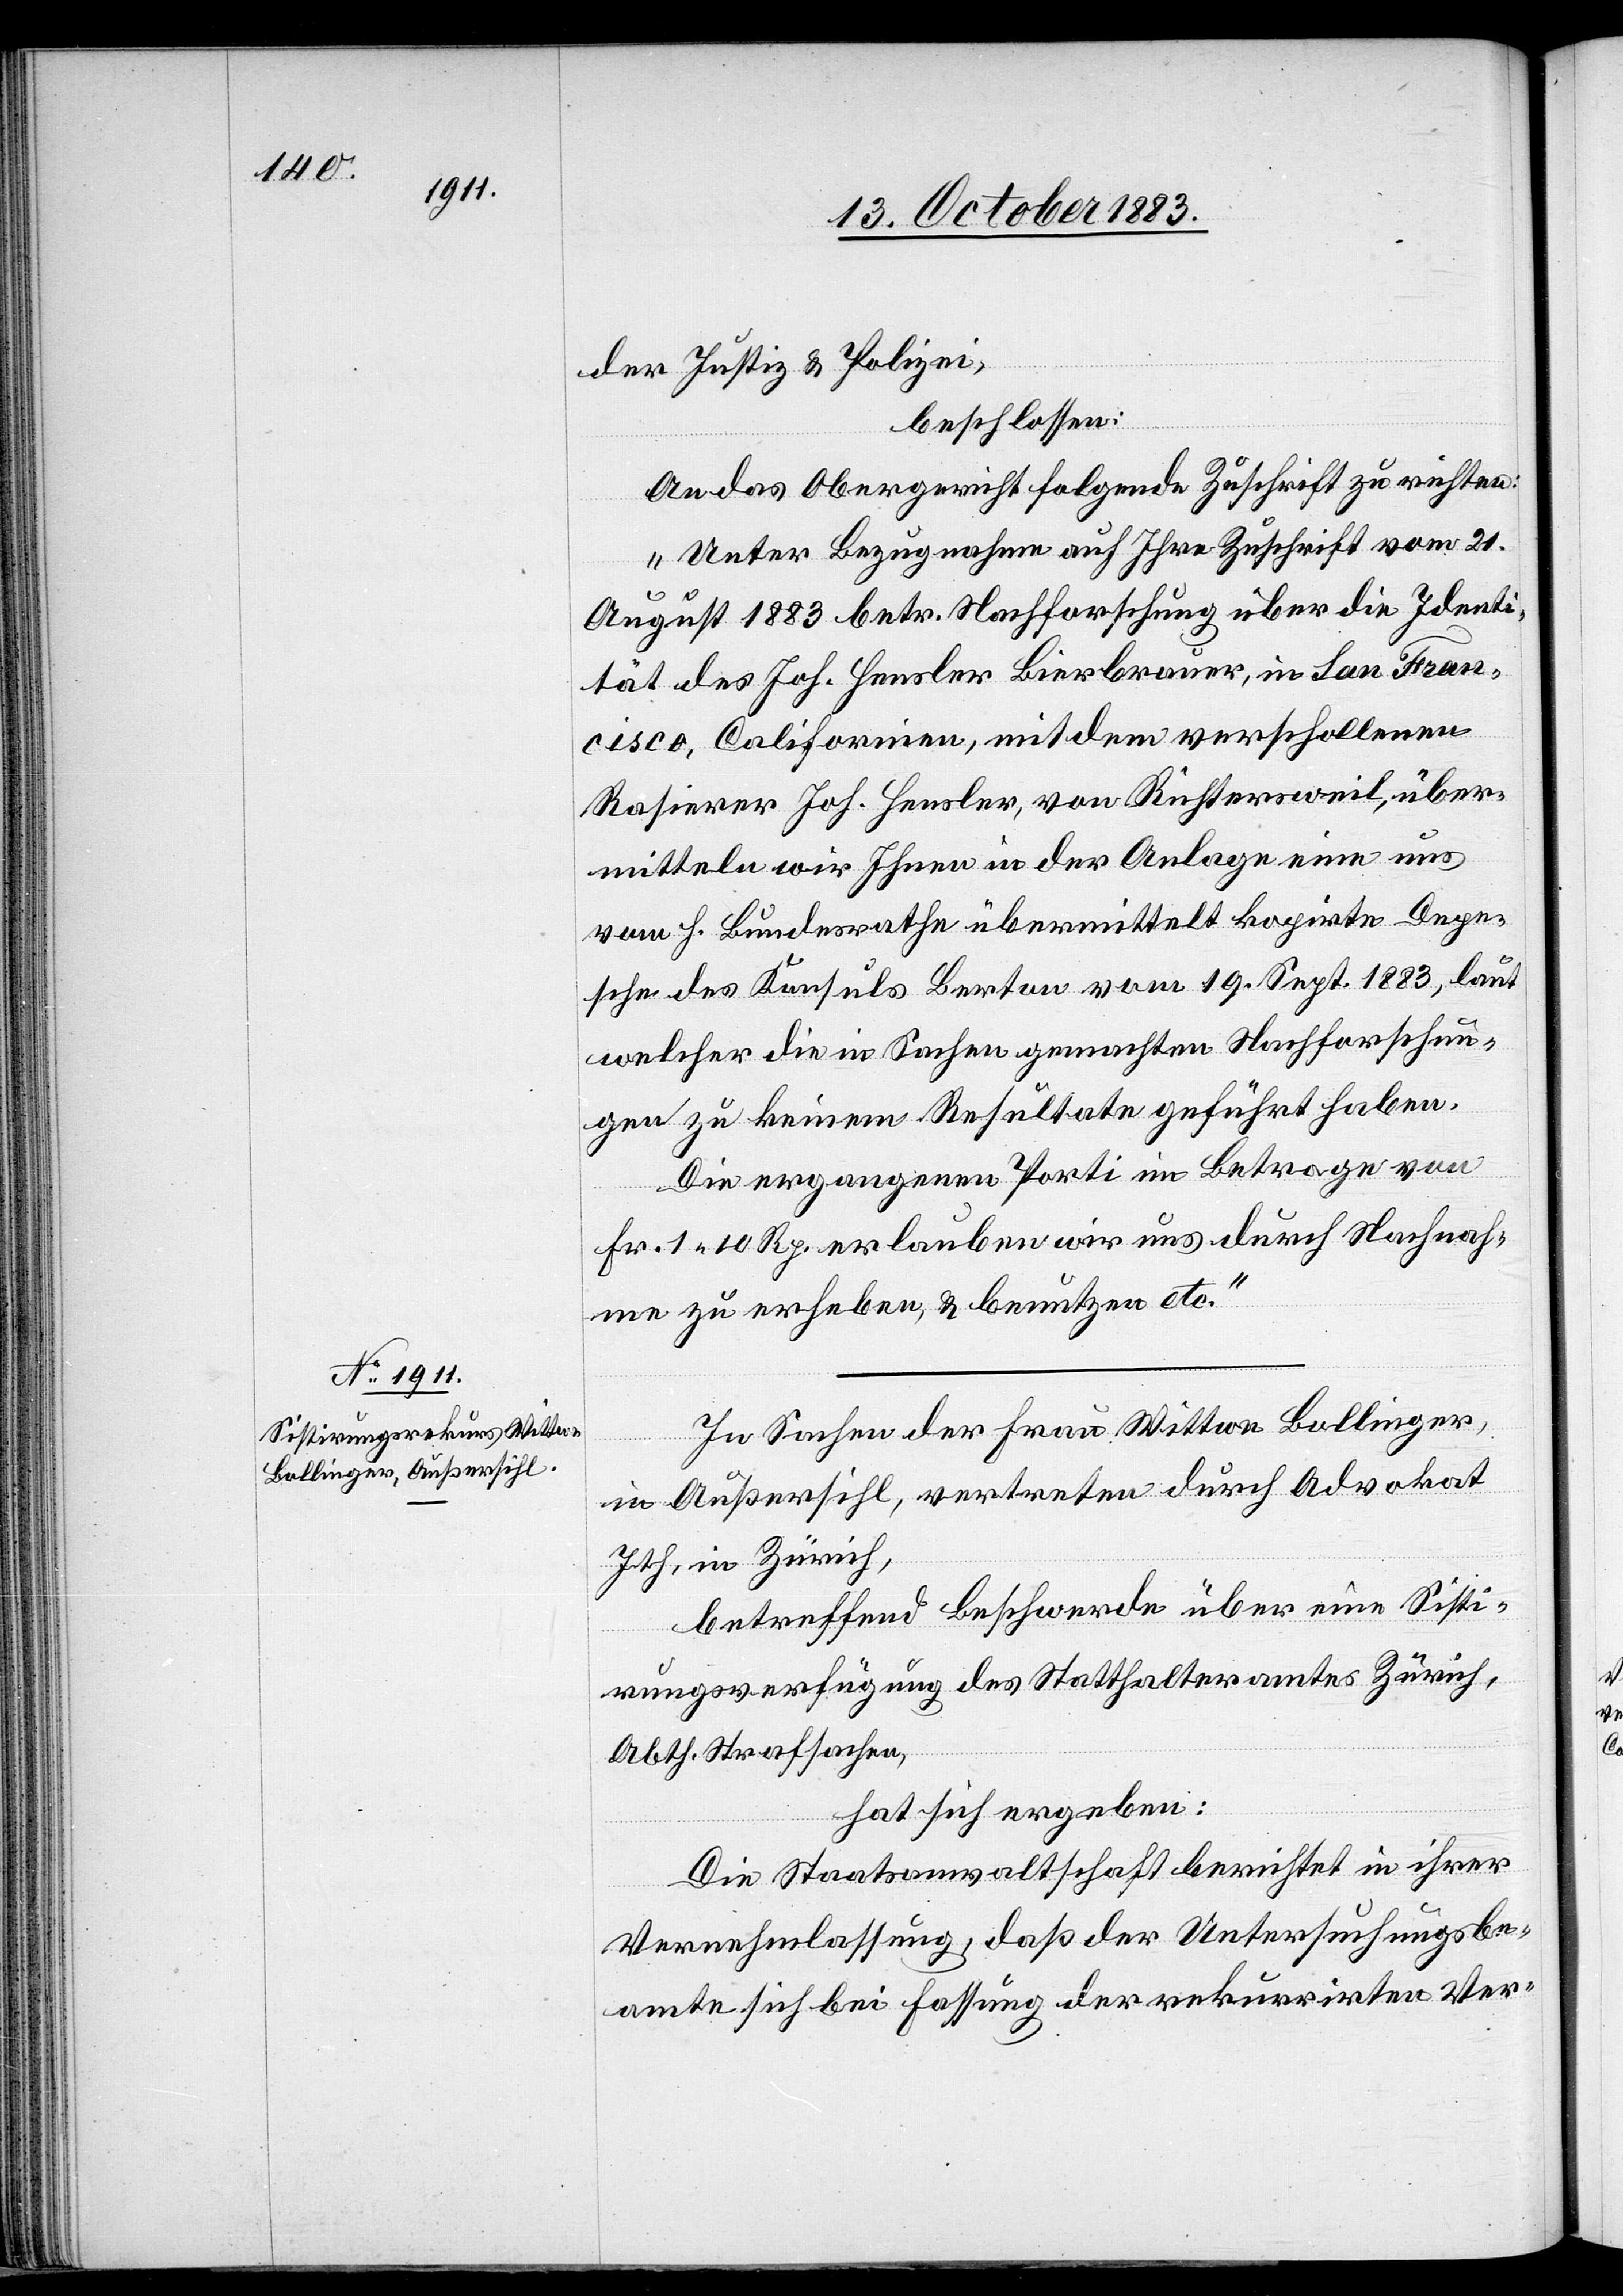
der Justiz & Polizei,
beschlossen:
An das Obergericht folgende Zuschrift zu richten:
„Unter Bezugnahme auf Ihre Zuschrift vom 21.
August 1883 betr. Nachforschung über die Identi¬
tät des Joh. Hensler Bierbrauer, in San Fran¬
cisco, Californien, mit dem verschollenen
Rasierer Joh. Hensler, von Richtersweil, über¬
mitteln wir Ihnen in der Anlage eine uns
vom h. Bundesrathe übermittelt kopirte Depe¬
sche des Konsuls Berton vom 19. Sept. 1883, laut
welcher die in Sachen gemachten Nachforschun¬
gen zu keinem Resultate geführt haben.
Die ergangenen Porti im Betrage von
Fr. 1 10 Rp. erlauben wir uns durch Nachnah¬
me zu erheben, & benutzen etc.“
In Sachen der Frau Wittwe Bollinger,
in Außersihl, vertreten durch Advokat
Ith, in Zürich,
betreffend Beschwerde über eine Sisti¬
rungsverfügung des Statthalteramtes Zürich,
Abth. Strafsachen,
hat sich ergeben:
Die Staatsanwaltschaft berichtet in ihrer
Vernehmlassung, daß der Untersuchungsbe¬
amte sich bei Fassung der rekurrirten Ver-